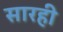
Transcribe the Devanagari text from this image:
सारही